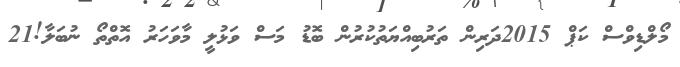
މޯލްޑިވްސް ކަޕް 2015ދަރިން ތަރުބިއްޔަތުކުރުން ބޮޑު މަސް ވަޅުލީ މާވަހަރު އޮތްތޯ ނުބަލާ!21